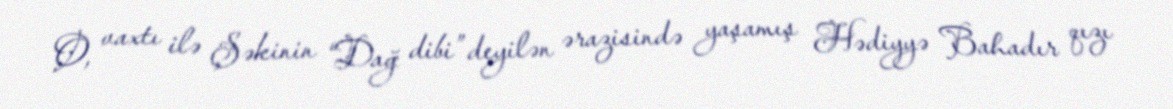
O, vaxtı ilə Şəkinin “Dağ dibi” deyilən ərazisində yaşamış Hədiyyə Bahadır qızı